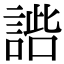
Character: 𧩢